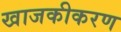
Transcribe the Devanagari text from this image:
खाजकीकरण